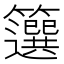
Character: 𥶷